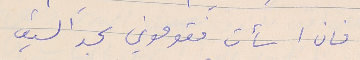
فان اسأت فقوموني بحد السيف